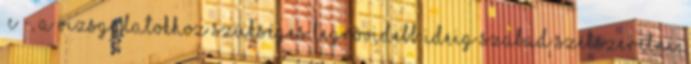
°C -, a vizsgálatokhoz szükséges legrövidebb ideig szabad szétszerelni,